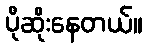
ပိုဆိုးနေတယ်။